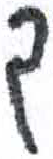
אות: ך